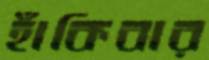
হাঁকিবার